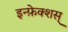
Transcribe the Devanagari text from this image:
इन्फ़ेक्शस्